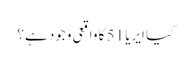
کیا ایریا 51 کا واقعی وجود ہے؟